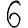
Digit: 6